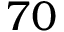
{ 7 0 }